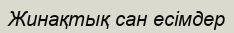
Жинақтық сан есімдер